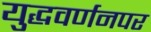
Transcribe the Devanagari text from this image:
युद्धवर्णनपर